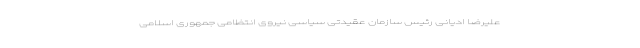
علیرضا ادیانی رئیس سازمان عقیدتی سیاسی نیروی انتظامی جمهوری اسلامی